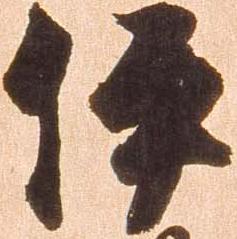
伊